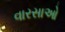
વારસાઓ